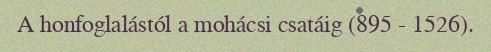
A honfoglalástól a mohácsi csatáig (895 - 1526).